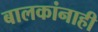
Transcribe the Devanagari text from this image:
बालकांनाही